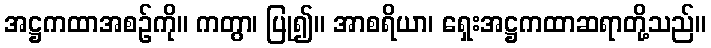
အဋ္ဌကထာအစဉ်ကို။ ကတွာ၊ ပြု၍။ အာစရိယာ၊ ရှေးအဋ္ဌကထာဆရာတို့သည်။